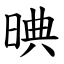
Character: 晪